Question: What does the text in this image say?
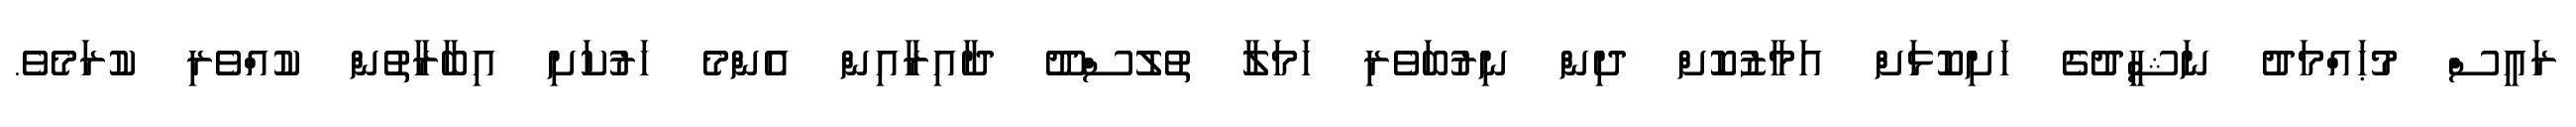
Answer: ރައީސް މުޙައްމަދު ނަޝީދުގެ ހަށިކޮޅަށް އަމާޒުކޮށް ދިން ނިރުބަވެރި ހަމަލާ ތުލުސްދޫ ދާއިރާއިން އެންމެ ހަރުކަށި އިބާރާތުން ކުއްވެރި ކުރަމެވެ.